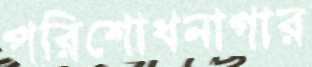
পরিশোধনাগার